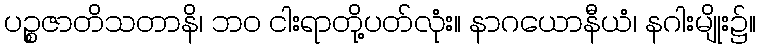
ပဉ္စဇာတိသတာနိ၊ ဘဝ ငါးရာတို့ပတ်လုံး။ နာဂယောနီယံ၊ နဂါးမျိုး၌။